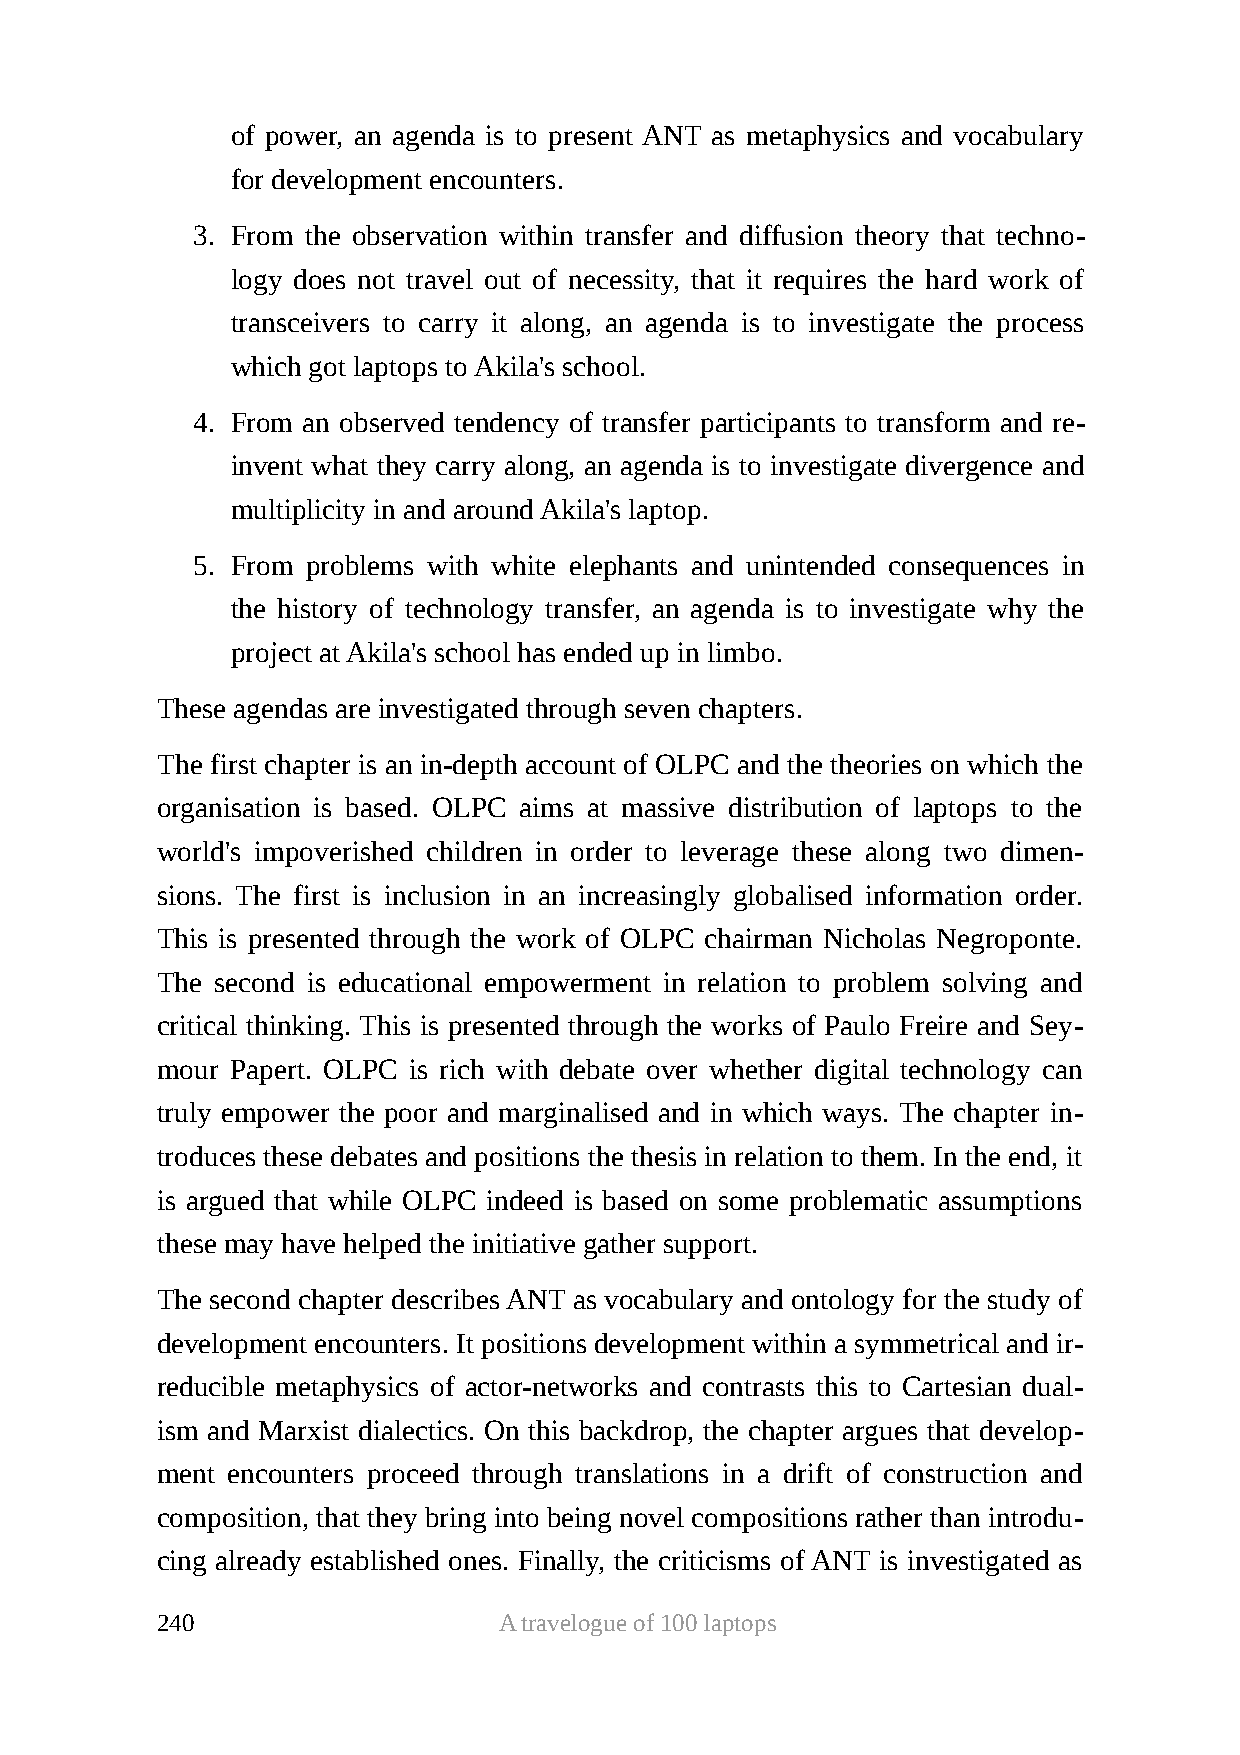
of power, an agenda is to present ANT as metaphysics and vocabulary
 for development encounters.
 3. From the observation within transfer and diffusion theory that techno-
 logy does not travel out of necessity, that it requires the hard work of
 transceivers to carry it along, an agenda is to investigate the process
 which got laptops to Akila's school.
 4. From an observed tendency of transfer participants to transform and re-
 invent what they carry along, an agenda is to investigate divergence and
 multiplicity in and around Akila's laptop.
 5. From problems with white elephants and unintended consequences in
 the history of technology transfer, an agenda is to investigate why the
 project at Akila's school has ended up in limbo.
 These agendas are investigated through seven chapters.
 The first chapter is an in-depth account of OLPC and the theories on which the
 organisation is based. OLPC aims at massive distribution of laptops to the
 world's impoverished children in order to leverage these along two dimen-
 sions. The first is inclusion in an increasingly globalised information order.
 This is presented through the work of OLPC chairman Nicholas Negroponte.
 The second is educational empowerment in relation to problem solving and
 critical thinking. This is presented through the works of Paulo Freire and Sey-
 mour Papert. OLPC is rich with debate over whether digital technology can
 truly empower the poor and marginalised and in which ways. The chapter in-
 troduces these debates and positions the thesis in relation to them. In the end, it
 is argued that while OLPC indeed is based on some problematic assumptions
 these may have helped the initiative gather support.
 The second chapter describes ANT as vocabulary and ontology for the study of
 development encounters. It positions development within a symmetrical and ir-
 reducible metaphysics of actor-networks and contrasts this to Cartesian dual-
 ism and Marxist dialectics. On this backdrop, the chapter argues that develop-
 ment encounters proceed through translations in a drift of construction and
 composition, that they bring into being novel compositions rather than introdu-
 cing already established ones. Finally, the criticisms of ANT is investigated as
 240                    A travelogue of 100 laptops